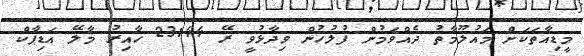
މީޑިއާތަކަށް މައުލޫމާތު ދެއްވަމުން ފުލުހުން ވިދާޅުވީ ރޭ 23:44 ހާއިރު މާލޭ އަޑިޕާކް